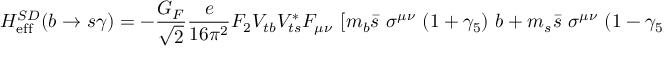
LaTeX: { \cal H } _ { \mathrm { e f f } } ^ { S D } ( b \to s \gamma ) = - \frac { G _ { F } } { \sqrt { 2 } } \frac { e } { 1 6 \pi ^ { 2 } } F _ { 2 } V _ { t b } V _ { t s } ^ { * } F _ { \mu \nu } ~ \left[ m _ { b } \bar { s } ~ \sigma ^ { \mu \nu } ~ ( 1 + \gamma _ { 5 } ) ~ b + m _ { s } \bar { s } ~ \sigma ^ { \mu \nu } ~ ( 1 - \gamma _ { 5 } ) ~ b \right] \; ,